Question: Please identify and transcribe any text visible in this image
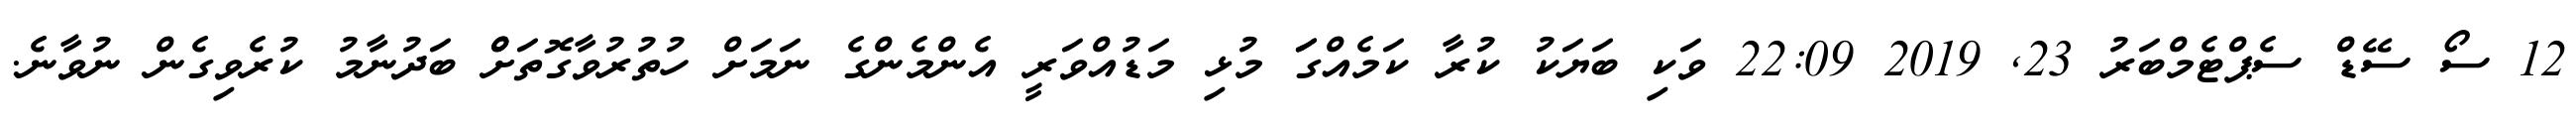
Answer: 12 ސޯ ސޭޑް ސެޕްޓެމްބަރު 23, 2019 22:09 ވަކި ބަޔަކު ކުރާ ކަމެއްގަަ މުޅި މަޑުއްވަރީ އެންމެންގެ ނަމަށް ހުތުރުވާގޮތަށްް ބަދުނާމު ކުރެވިގެން ނުވާނެ.